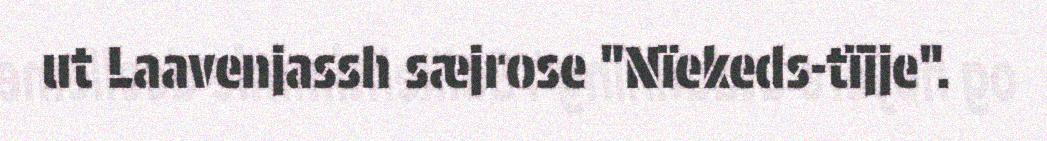
ut Laavenjassh sæjrose "Nïekeds-tïjje".